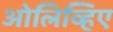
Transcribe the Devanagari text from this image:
ओलिव्हिए